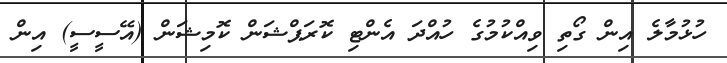
ހުޅުމާލެ އިން ގޯތި ވިއްކުމުގެ ހުއްދަ އެންޓި ކޮރަޕްޝަން ކޮމިޝަން (އޭސީސީ) އިން